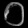
Digit: ၀